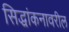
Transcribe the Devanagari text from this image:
सिद्धांकनावरील